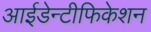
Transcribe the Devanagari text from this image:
आईडेन्टीफिकेशन